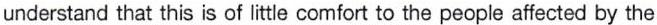
understand that this is of little comfort to the people affected by the